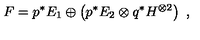
F = p ^ { * } E _ { 1 } \oplus \left( p ^ { * } E _ { 2 } \otimes q ^ { * } H ^ { \otimes 2 } \right) \ ,